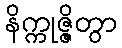
နိက္ကုဇ္ဇိတွာ